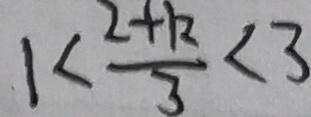
1 < \frac { 2 + k } { 3 } < 3